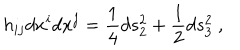
h _ { i j } d x ^ { i } d x ^ { j } = { \frac { 1 } { 4 } } d s _ { 2 } ^ { 2 } + { \frac { 1 } { 2 } } d s _ { 3 } ^ { 2 } \ ,